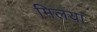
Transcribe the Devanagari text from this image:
मिलया